Lunatic asylums Punjab 1895-1910 - 1895-1910
Year: 1895
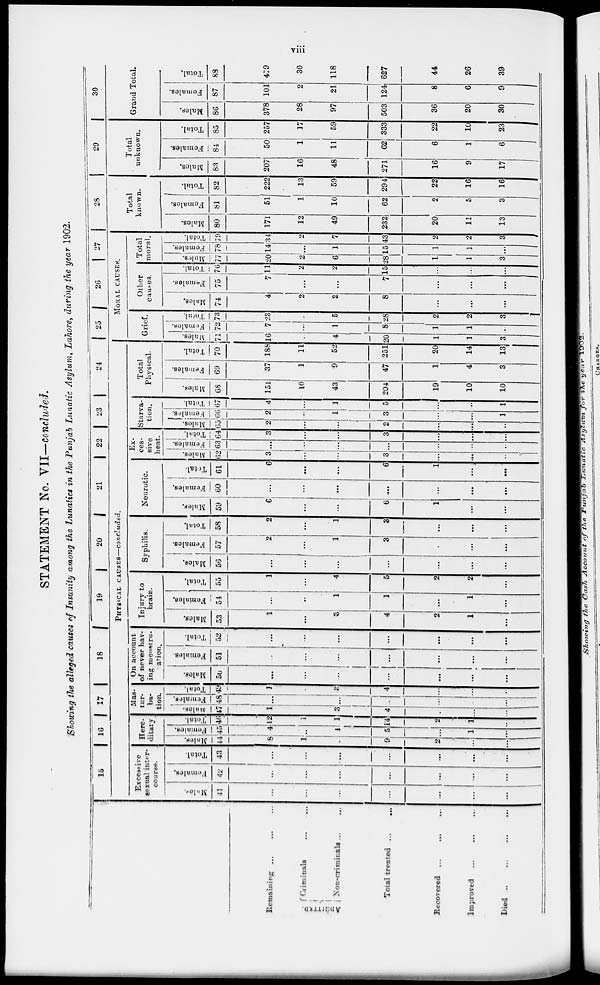
viii
STATEMENT No. VII—concluded.
Showing the alleged causa of Insanity among the Lunatics in the Punjab Lunatic Asylum, Lahore, during the year 1902.
Remaining
...
...
...
ADMITTED.
Criminals ...
Non-criminala
...
...
Total treated
...
...
Recovered
...
...
...
Improved
...
...
...
Died
...
...
...
...
15
16
17
18
19
20
21
22
23
24
PHYSICAL CAUSES—concluded.
Excessive
sexual inter-
course.
Males
41
...
...
...
...
...
...
...
Females.
42
...
...
...
...
...
...
...
Total.
43
...
...
...
...
...
...
...
Here-
ditary.
Males.
44
8
1
...
9
2
...
...
Females.
45
4
..
1
5
...
1
...
Total.
46
12
1
1
14
2
1
...
Mas-
tur-
ba-
ion.
Males.
47
1
...
3
4
...
...
...
Females.
48
...
...
...
...
...
...
...
Total.
49
1
3
4
...
...
...
On account
of never hav-
ing menstru-
ation.
Males.
50
...
...
...
...
...
...
...
Females.
51
...
...
...
...
...
...
...
Total.
52
...
...
...
...
...
...
...
Injury to
brain.
Males.
53
1
...
3
4
2
1
...
Females.
54
...
...
1
1
...
1
...
Total.
55
1
...
4
5
2
2
...
Syphilis.
Males.
56
...
...
...
...
...
...
...
Females.
57
2
...
1
3
...
...
...
Total.
58
2
...
1
3
...
...
...
Neurotic.
Males.
59
6
...
...
6
1
...
...
Females.
60
...
...
...
...
...
...
...
Total.
61
6
...
...
6
1
...
...
Ex-
ces-
sive
heat.
Males.
62
3
...
...
3
...
...
...
Females.
63
...
...
...
...
...
...
...
Total.
64
3
...
...
3
...
...
...
Starva-
tion.
Males.
65
2
...
...
2
...
...
...
Females.
66
2
...
1
3
...
...
1
Total.
67
4
...
1
5
...
...
1
Total
Physical.
Males.
68
151
10
43
204
19
10
10
Females.
69
37
1
9
47
1
4
3
Total.
70
188
11
52
251
20
14
13
25
26
27
MORAL CAUSES.
Grief.
Males.
71
16
...
4
20
1
1
3
Females.
72
7
...
1
8
1
1
...
Total.
73
23
...
5
28
2
2
3
Other
causes.
Males.
74
4
2
2
8
...
...
...
Females.
75
7
...
...
7
...
...
...
Total.
76
11
2
2
15
...
...
...
Total
moral.
Mal es .
77
20
2
6
28
1
1
3
Females.
78
14
...
1
15
1
1
...
Total.
79
34
2
7
43
2
2
3
28
Total
known.
Males.
80
171
12
49
232
20
11
13
Females.
81
51
1
10
62
2
5
3
Total.
82
222
13
59
294
22
16
16
29
Total
unknown.
Males.
83
207
16
48
271
16
9
17
Females.
84
50
1
11
62
6
1
6
Total.
85
257
17
59
333
22
10
23
30
Grand Total.
Males.
86
378
28
97
503
36
20
30
Females.
87
101
2
21
124
8
6
9
Total.
88
479
30
118
627
44
26
39